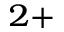
^ { 2 + }